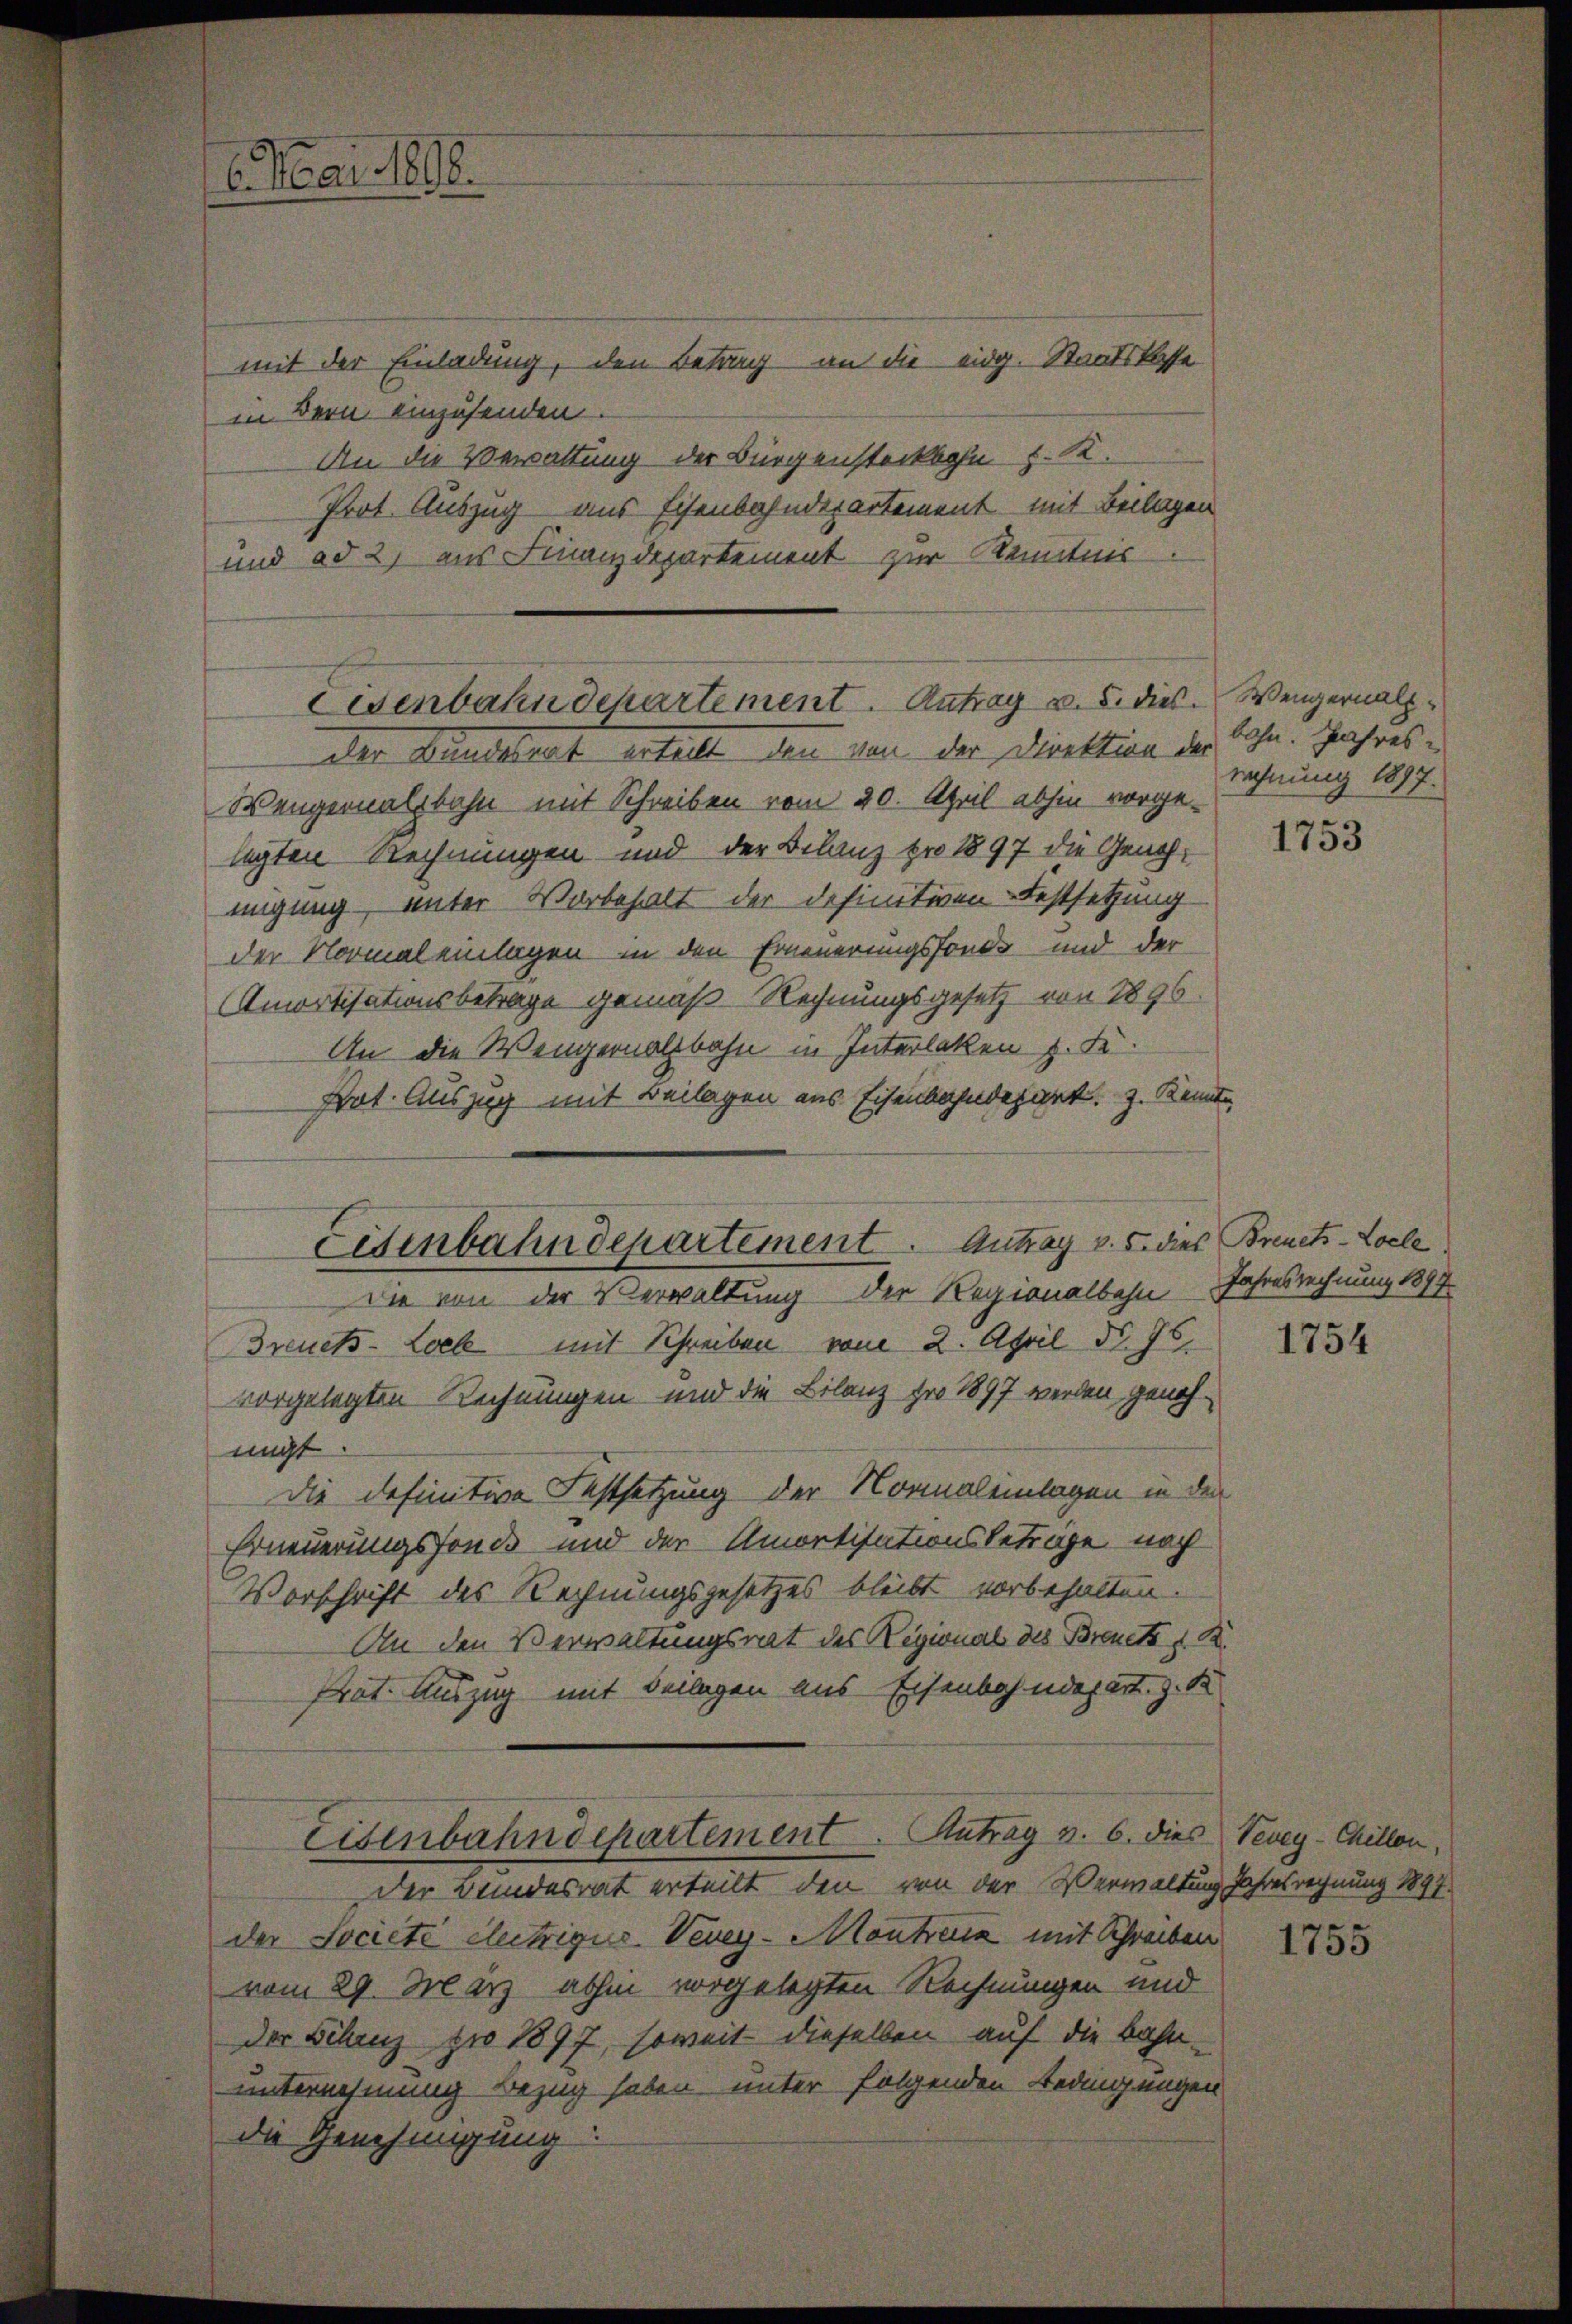
mit der Einladung, den Betrag an die eidg. Staatskasse
in Bern einzusenden.
An die Verwaltung der Bürgensteckbohn z. K.
Prot. Auszug aus Eisenbahndepartement mit Beilagen
und ad 2, aus Finanzdepartement zur Kenntnis

6. Mai 1818.

der Bundesrat erteilt, den von der Direktion der
Wengernalsbahn mit Schreiben vom 20. April abhin vorge-
legten Rechnungen und der Belang pro 1897 die Genehmigung, unter Vorbehalt der definitiven Festsetzung
der Normaleilagen in den Erneuerungsfonds und der
Amortisationsbetrage gemäß Rechnungsgesetz von 1896.
An die Wengernalsbahn in Interlaken z. F.
Pot. Auszug mit Beilagen aus Eisenbahndepart. 3. Kennte
Die von der Verwaltung der Regionalbahn
Treueß-Loel mit Schreiben vom 2. April d. Js.
vorgelegten Rechnungen und die Bilanz pro 1897 werden genohmigt
Die definitive Festsetzung der Normaleinlagen in den
Erneuerungsfonds und der Amortisationsbeträge noch
Vorschrift des Rechnungsgesetzes bleibt vorbehalten.
An den Verwaltungsrat des Regional des Brandt z. B.
Prot. Auszug mit Beilagen aus Eisenbahndepart. Z. 1
Eisenbahndepartement. Antrag v. 6. dies Vevey-Chillen,
Der Bundesrat erteilt, den von der Verwaltung Jahresrechnung 1897
der Societe Clectrigue Vevey-Montreux mit Schreiben
vom 29. März abhin vorgelegten Rechnungen und
der Filanz pro 1897, soweit dieselben auf die Bahn-
unternehmung Bezug haben unter folgenden Bedingungen
die Genehmigung

Cisenbahndepartement. Antrag v. 5. dies. Wengernalz¬

Eisenbahndepartement. Antrag v. 5. dies Breuets-Locle

bohn. Jahres
rechnung 1897.

1753

Jahresrechnung 1877.

1754

1755